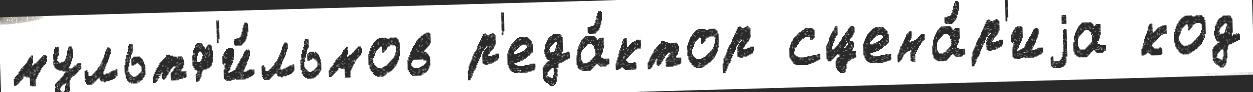
мультф'и́льмов р'еда́ктор сцена́р'иjа код